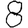
Digit: 8